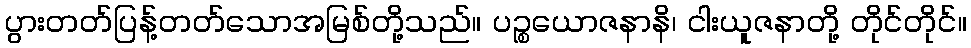
ပွားတတ်ပြန့်တတ်သောအမြစ်တို့သည်။ ပဉ္စယောဇနာနိ၊ ငါးယူဇနာတို့ တိုင်တိုင်။